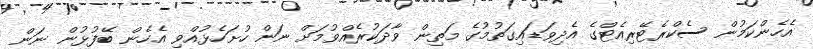
އެހެންކަމުން ސެކްރެޓޭރިއެޓްގެ އެދިވަޑައިގަތުމުގެ މަތިން ވާދަކުރެއްވުމަށް ނަން ހުށަހެޅުއްވި އެހެން ބޭފުޅުން ނަން